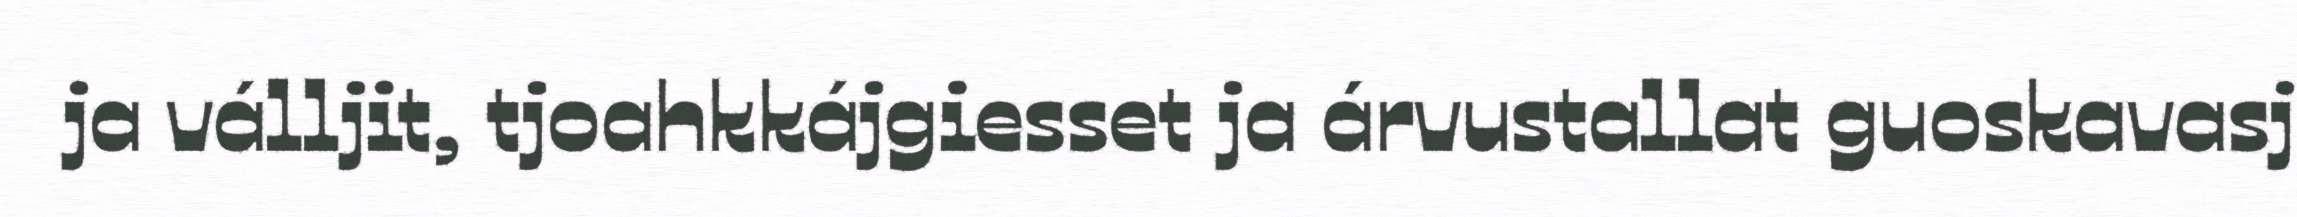
ja válljit, tjoahkkájgiesset ja árvustallat guoskavasj